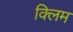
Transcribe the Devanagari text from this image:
क्लिम